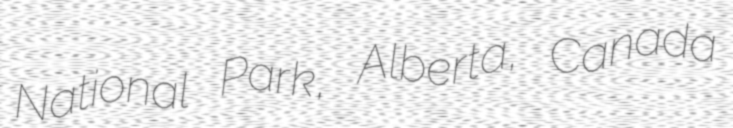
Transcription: National Park, Alberta, Canada